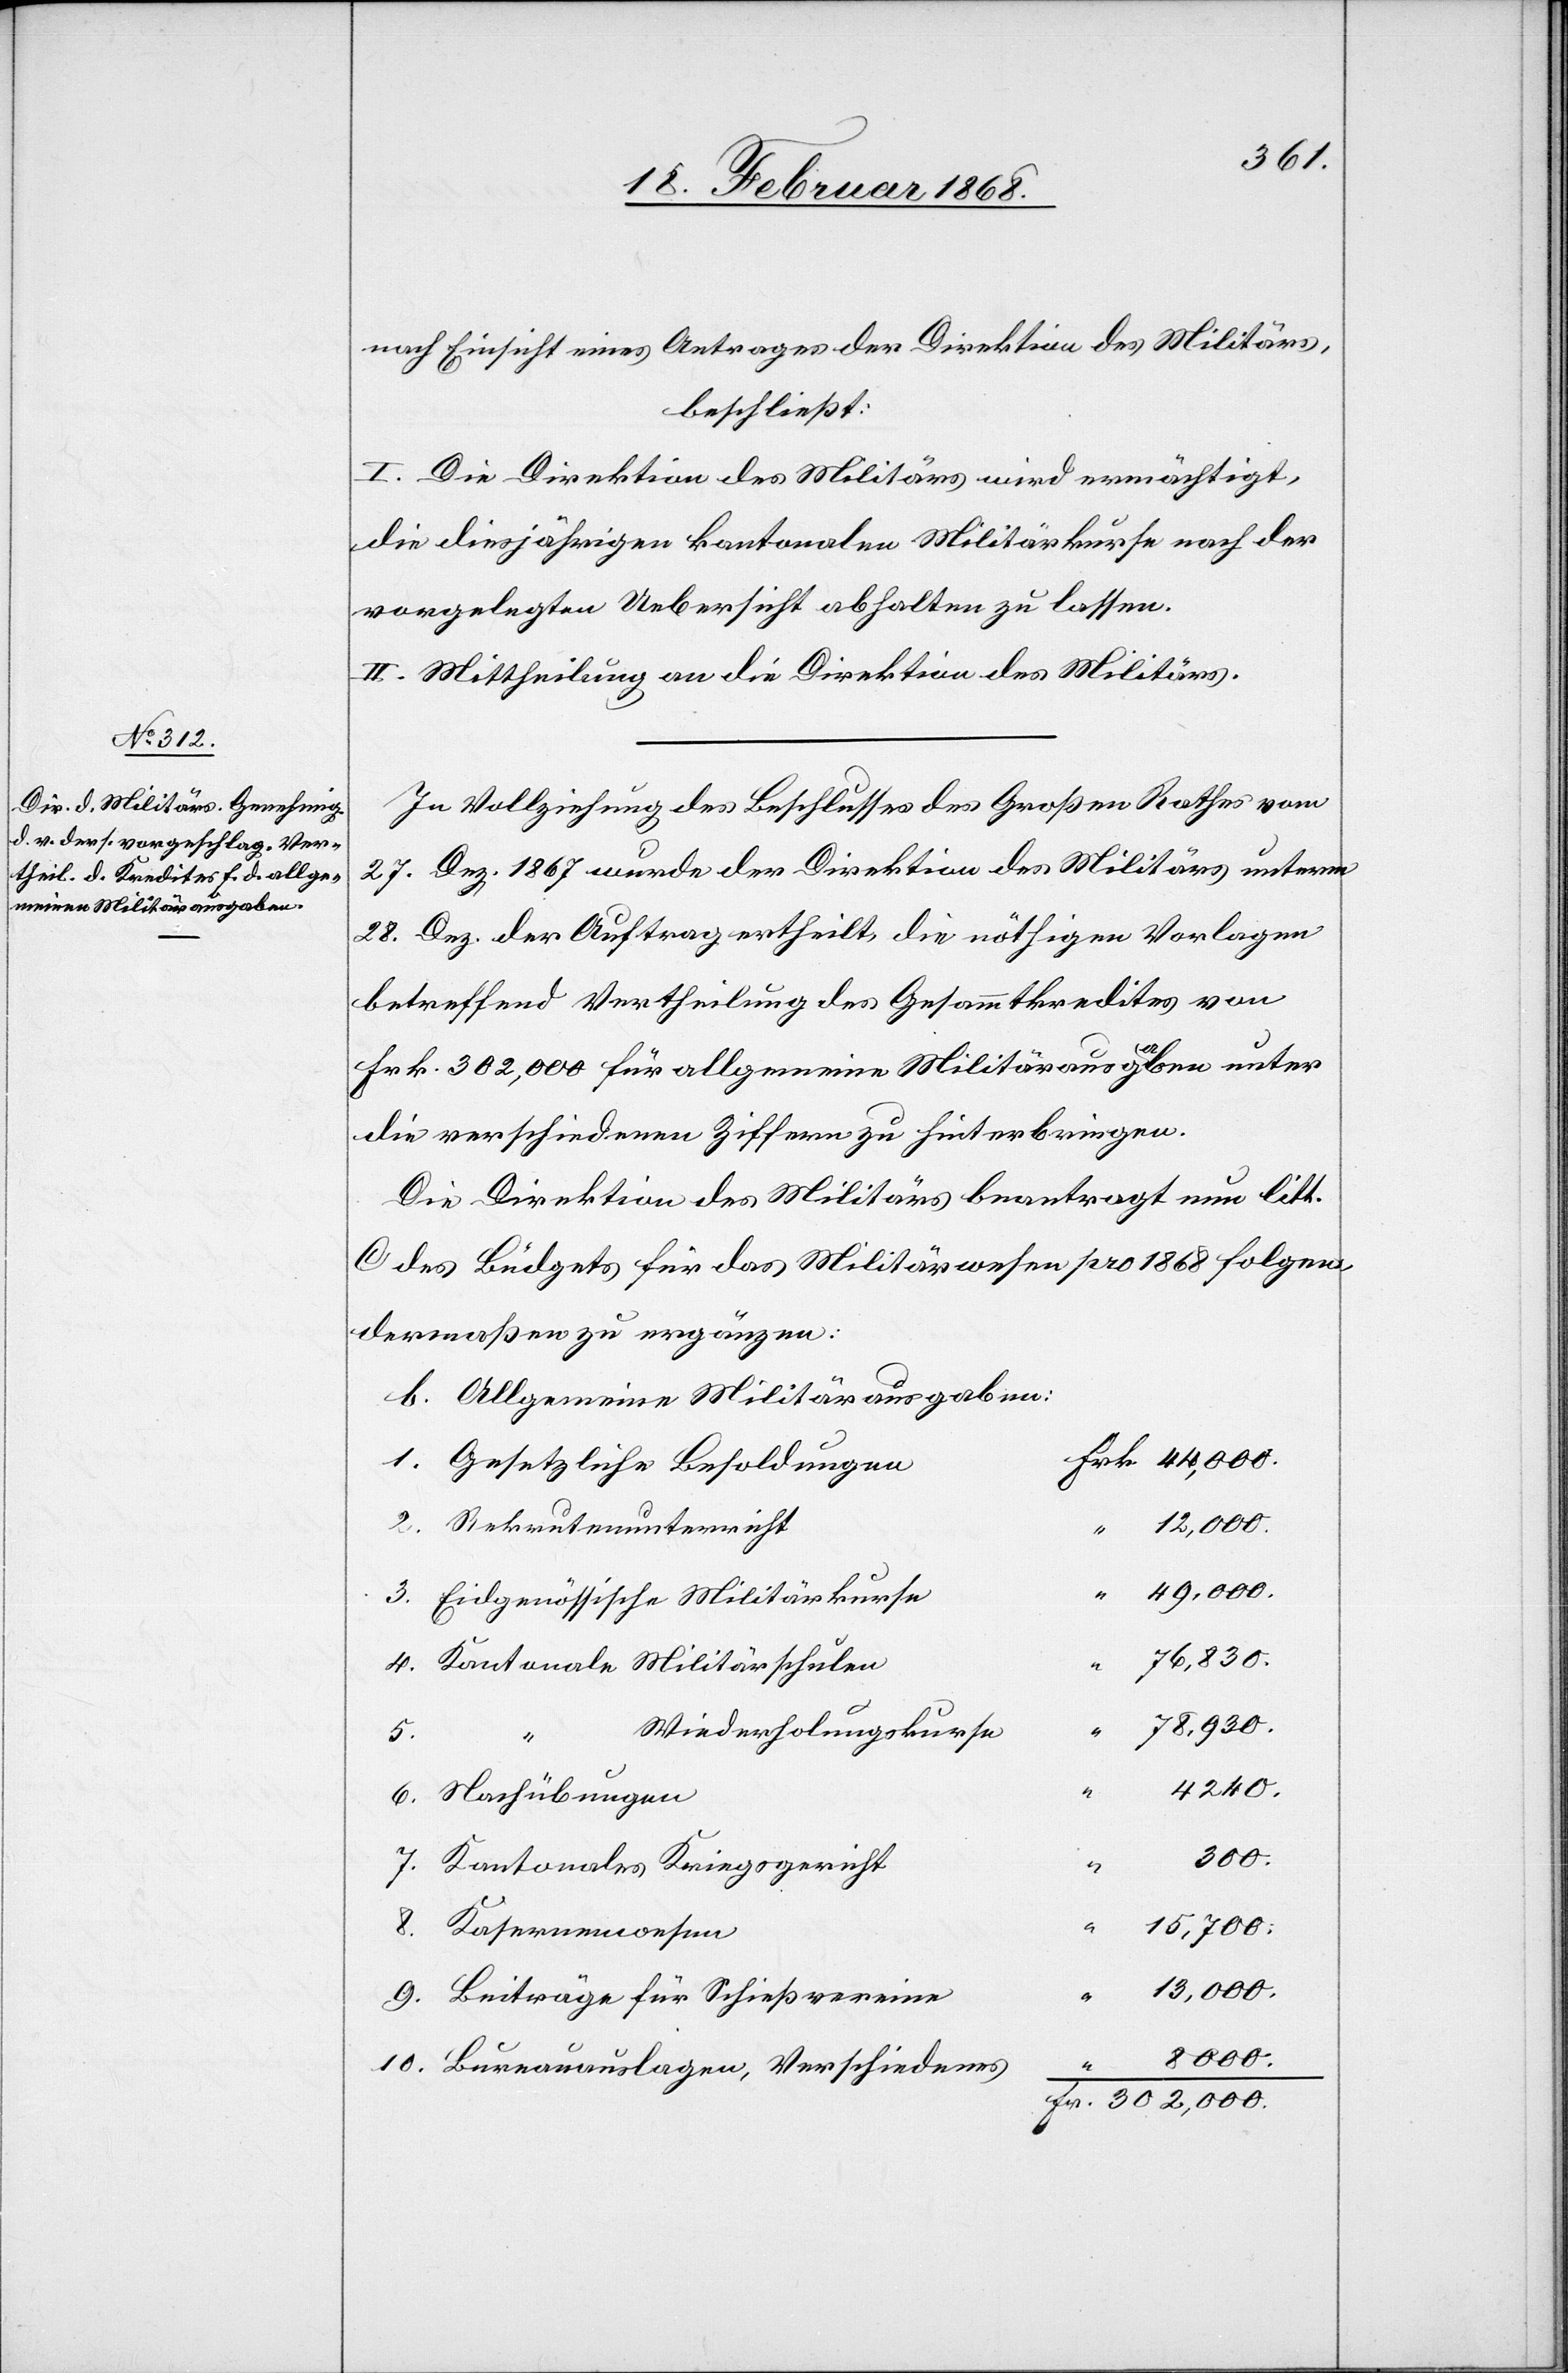
meine Militärausgaben:

nach Einsicht eines Antrages der Direktion des Militärs,
beschließt:
I. Die Direktion des Militärs wird ermächtigt,
die diesjährigen kantonalen Militärkurse nach der
vorgelegten Uebersicht abhalten zu lassen.
II. Mittheilung an die Direktion des Militärs.
In Vollziehung des Beschlusses des Großen Rathes vom
27. Dez. 1867 wurde der Direktion des Militärs unterm
28. Dez. der Auftrag ertheilt, die nöthigen Vorlagen
betreffend Vertheilung des Gesammtkredites von
Frk. 302,000 für allgemeine Militärausgaben unter
die verschiedenen Ziffern zu hinterbringen.
Die Direktion des Militärs beantragt nun litt.
C des Büdgets für das Militärwesen pro 1868 folgen¬
dermaßen zu ergänzen:
Frk. 44,000.
Gesetzliche Besoldungen
“ 12,000.
Rekrutenunterricht
“ 49,000.
Eidgenössische Militärkurse
76,830.
Kantonale Militärschulen
78,930.
Wiederholungskurse
4240.
300.
10.
“
Kantonales Kriegsgericht
9.
15,700.
“ 13,000.
Beiträge für Schießvereine
8000.
Bureauauslagen, Verschiedenes
Fr. 302,000.